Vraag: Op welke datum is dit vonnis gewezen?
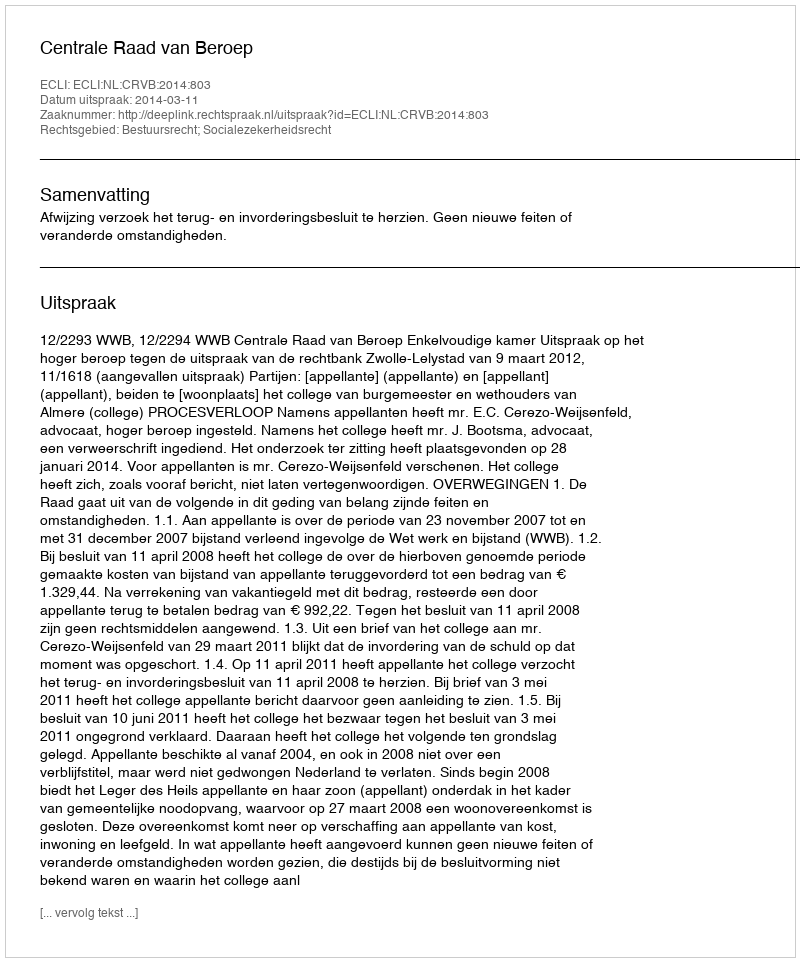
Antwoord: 2014-03-11